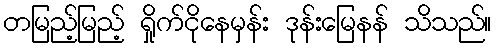
တမြည့်မြည့် ရှိုက်ငိုနေမှန်း ဒုန်းမြေနန် သိသည်။